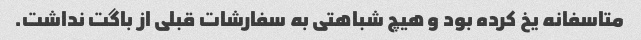
متاسفانه یخ کرده بود و هیچ شباهتی به سفارشات قبلی از باگت نداشت.